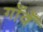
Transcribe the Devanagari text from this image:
गाँवँ